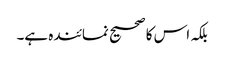
بلکہ اس کا صحیح نمائندہ ہے۔